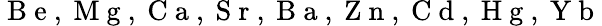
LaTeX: \mathrm{~B~e~,~M~g~,~C~a~,~S~r~,~B~a~,~Z~n~,~C~d~,~H~g~,~Y~b~}